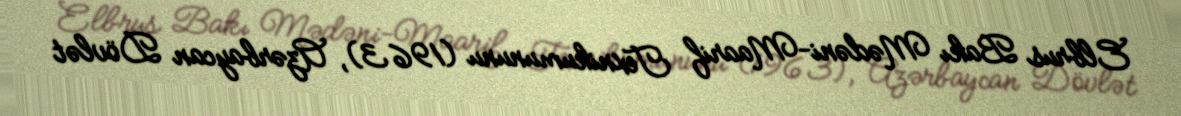
Elbrus Bakı Mədəni-Maarif Texnikumununu (1963), Azərbaycan Dövlət